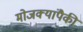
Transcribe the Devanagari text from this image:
मोजक्यांपैकी